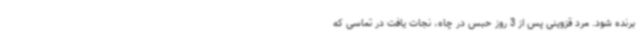
برنده شود. مرد قزوینی پس از 3 روز حبس در چاه، نجات یافت در تماسی که